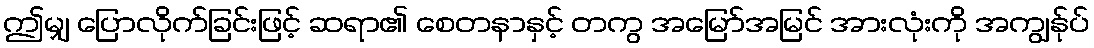
ဤမျှ ပြောလိုက်ခြင်းဖြင့် ဆရာ၏ စေတနာနှင့် တကွ အမြော်အမြင် အားလုံးကို အကျွန်ုပ်